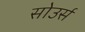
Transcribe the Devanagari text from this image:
सोउर्स